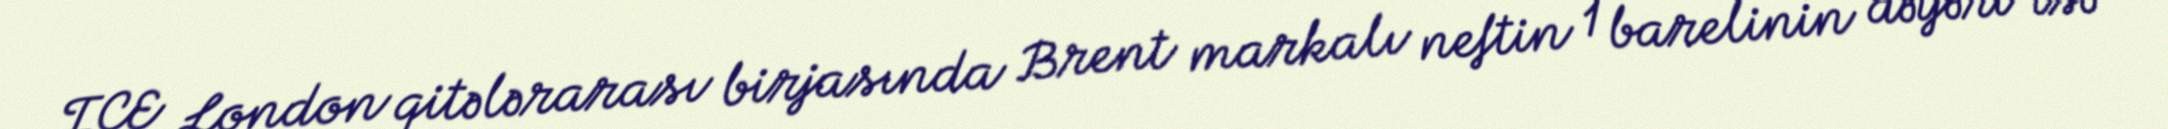
ICE London qitələrarası birjasında Brent markalı neftin 1 barelinin dəyəri isə